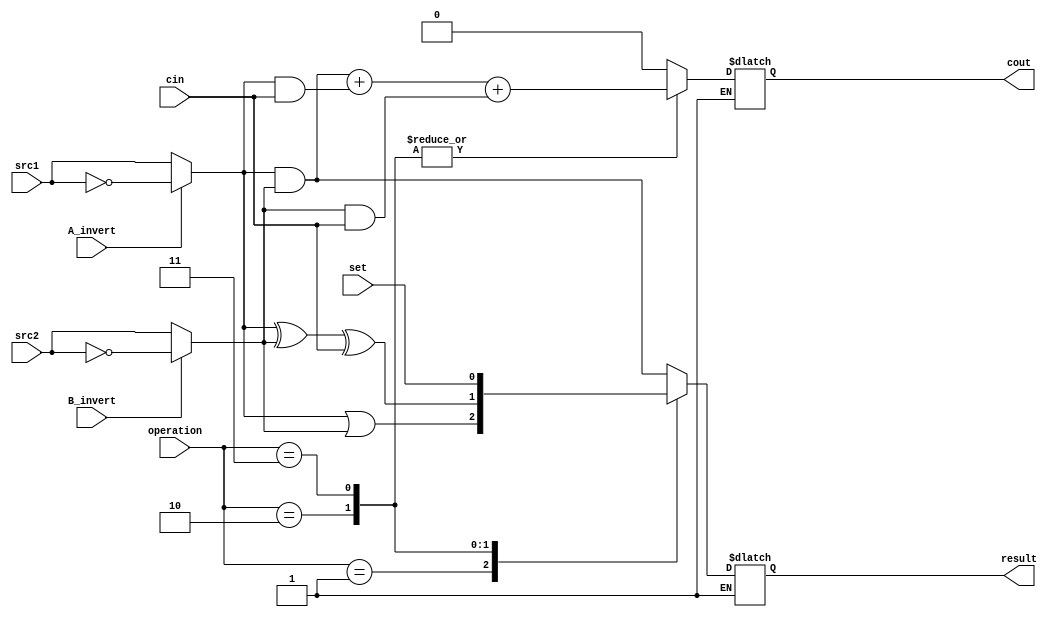
/***************************************************
Student Name: Yan-Tong Lin
Student ID: 0712238
Date: 2020/04/20
***************************************************/

`timescale 1ns/1ps

module alu_top(
	src1,       //1 bit source 1 (input)
	src2,       //1 bit source 2 (input)
	set,       //1 bit set     (input) signal from alu.v
	A_invert,   //1 bit A_invert (input)
	B_invert,   //1 bit B_invert (input)
	cin,        //1 bit carry in (input)
	operation,  //operation      (input)
	result,     //1 bit result   (output)
	cout       //1 bit carry out(output)
);

input         src1;
input         src2;
input         set;
input         A_invert;
input         B_invert;
input         cin;
input [2-1:0] operation;

output   reg  result; //can be ressign
output   reg   cout;

reg s1, s2;

reg done;

always@( * )begin

done = 0;

if(done == 0)begin
	if(A_invert) s1 = ~src1;	else s1 = src1;
	if(B_invert) s2 = ~src2;	else s2 = src2;
	
	case(operation)
		2'b00:begin//And
			result = s1 & s2;
			cout = 0;end
			
		2'b01:begin//Or
			result = s1 | s2;
			cout = 0;end
		
		2'b10:begin//Add
			result = s1 ^ s2 ^ cin;
			cout = (s1&s2) + (s1&cin) + (s2&cin); 
			end
		
		2'b11:begin//less
			result = set;
			cout = (s1&s2) + (s1&cin) + (s2&cin); 
			end
	endcase
	
	done = 1;
	
end
else begin
	result = result;
	cout = cout;
end
	
end

endmodule